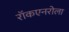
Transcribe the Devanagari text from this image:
रॉकएनरोला